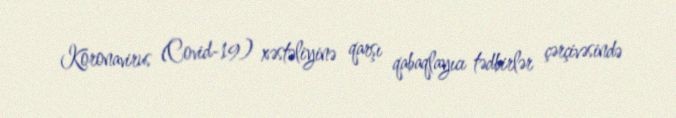
Koronavirus (Covid-19) xəstəliyinə qarşı qabaqlayıcı tədbirlər çərçivəsində